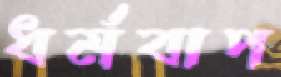
ধর্মবাপ